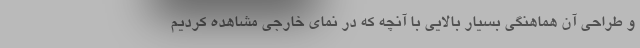
و طراحی آن هماهنگی بسیار بالایی با آنچه که در نمای خارجی مشاهده کردیم